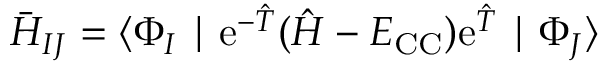
\bar { H } _ { I J } = \langle \Phi _ { I } \mid \mathrm { e } ^ { - \hat { T } } ( \hat { H } - E _ { \mathrm { C C } } ) \mathrm { e } ^ { \hat { T } } \mid \Phi _ { J } \rangle